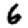
Digit: 6